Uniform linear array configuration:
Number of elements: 64
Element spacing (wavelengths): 0.75
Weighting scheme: blackman
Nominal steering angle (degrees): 30
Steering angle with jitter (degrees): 31.711
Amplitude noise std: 0.05
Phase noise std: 0.05

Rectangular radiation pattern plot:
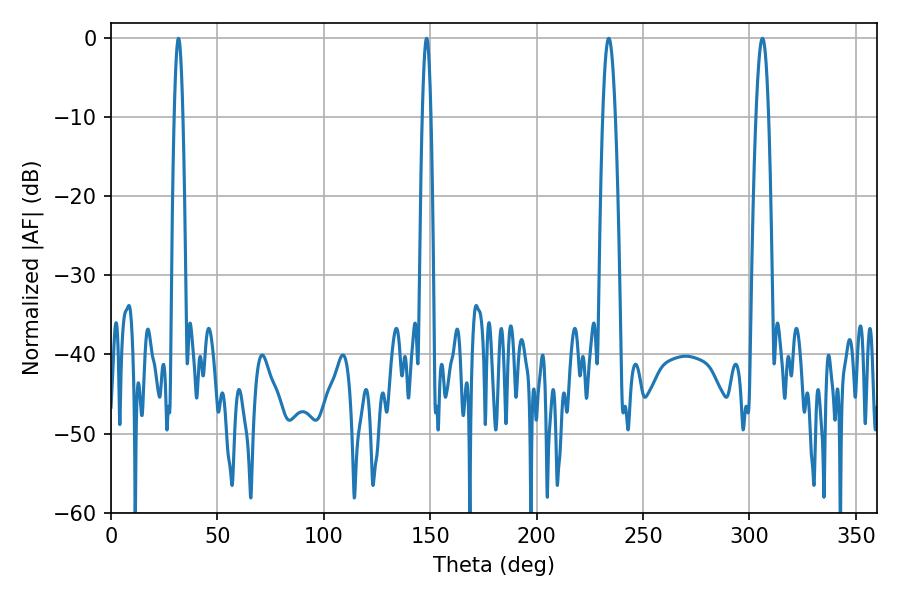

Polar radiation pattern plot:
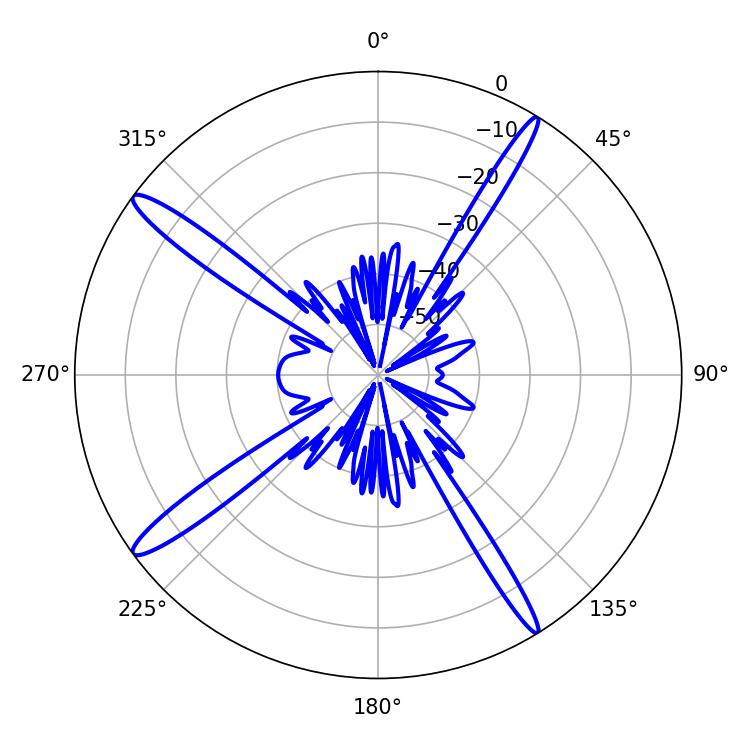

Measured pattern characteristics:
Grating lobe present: TRUE
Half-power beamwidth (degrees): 2.16
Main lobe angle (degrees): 31.68